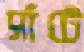
সাঁটে